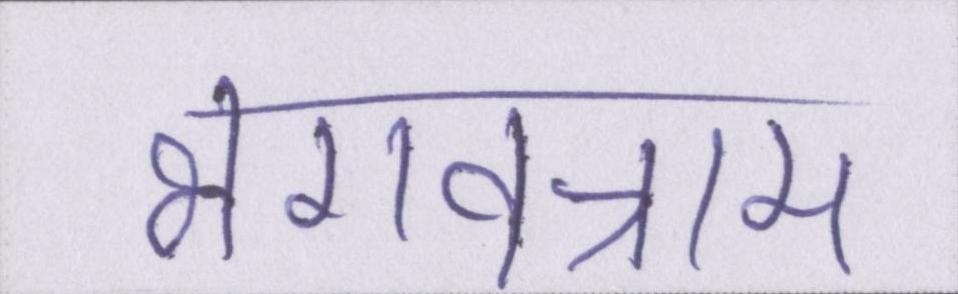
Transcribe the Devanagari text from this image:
भगवन्नाम